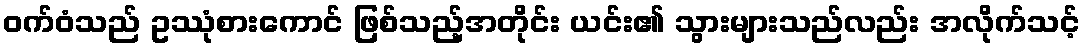
ဝက်ဝံသည် ဥဿုံစားကောင် ဖြစ်သည့်အတိုင်း ယင်း၏ သွားများသည်လည်း အလိုက်သင့်